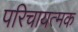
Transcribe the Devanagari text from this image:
परिचायत्मक